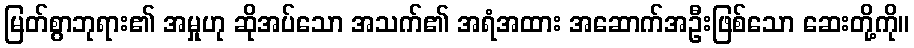
မြတ်စွာဘုရား၏ အမှုဟု ဆိုအပ်သော အသက်၏ အရံအထား အဆောက်အဦးဖြစ်သော ဆေးတို့ကို။